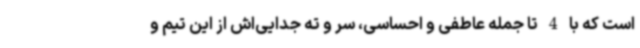
است که با 4 تا جمله عاطفی و احساسی، سر و ته جدایی‌اش از این تیم و